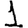
Digit: 1